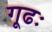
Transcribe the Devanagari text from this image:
गूढः